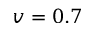
v = 0 . 7